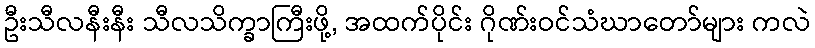
ဦးသီလနီးနီး သီလသိက္ခာကြီးဖို့, အထက်ပိုင်း ဂိုဏ်းဝင်သံဃာတော်များ ကလဲ